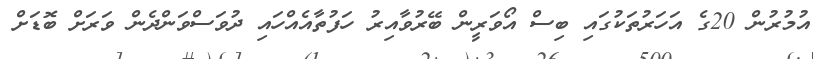
އުމުރުން 20ގެ އަހަރުތަކުގައި ބިސް އޯވަރީން ބޭރުވާއިރު ހަފުތާއެއްހައި ދުވަސްވަންދެން ވަރަށް ބޮޑަށް